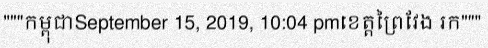
"""កម្ពុជាSeptember 15, 2019, 10:04 pmខេត្តព្រៃវែង រក"""